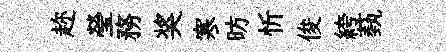
趂瑩務奖寒昉忻俊絝蓺